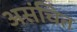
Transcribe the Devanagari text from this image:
असंचित